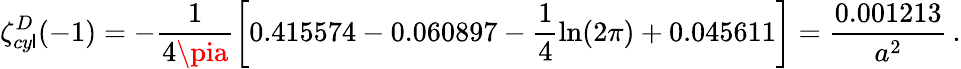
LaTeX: \zeta_{cy\mathsf{l}}^{D}(-1)=-\frac{{1}}{{4\pia}}\left[0.415574-0.060897-\frac{{1}}{{4}}\ln(2\pi)+0.045611\right]=\frac{{0.001213}}{{a^{2}}}\, {.}